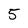
Character: 5